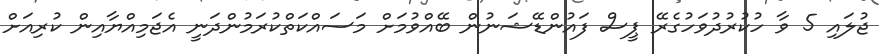
ޖުލައި 5 ވާ ހުކުރުދުވަހުގެރޭ ޕީސް ފައުންޑޭޝަނުން ބޭއްވުމަށް މަސައްކަތްކުރަމުންދަނީ އެޖަމިއްޔާއިން ކުރިއަށް